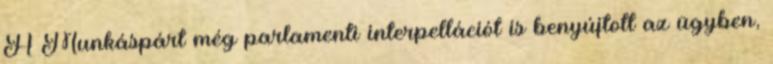
A Munkáspárt még parlamenti interpellációt is benyújtott az ügyben,